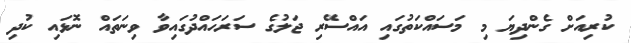
ކުރިއަށް ގެންދިޔަ މި މަސައްކަތުގައި އައްސޭރި ޖަލުގެ ސަރަހައްދުގައިވާ ވިނަތައް ނޮޅައި ކުދި